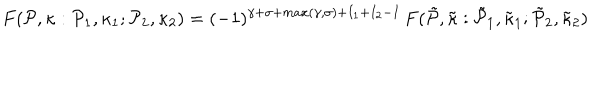
F ( { \cal P } , \kappa : { \cal P } _ { 1 } , { \kappa } _ { 1 } ; { \cal P } _ { 2 } , { \kappa } _ { 2 } ) = ( - 1 ) ^ { \gamma + \sigma + m a x ( \gamma , \sigma ) + I _ { 1 } + I _ { 2 } - I } \, F ( \tilde { \cal P } , \tilde { \kappa } : \tilde { \cal P } _ { 1 } , \tilde { \kappa } _ { 1 } ; \tilde { \cal P } _ { 2 } , \tilde { \kappa } _ { 2 } )